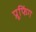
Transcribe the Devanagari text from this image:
प्रूफिंग